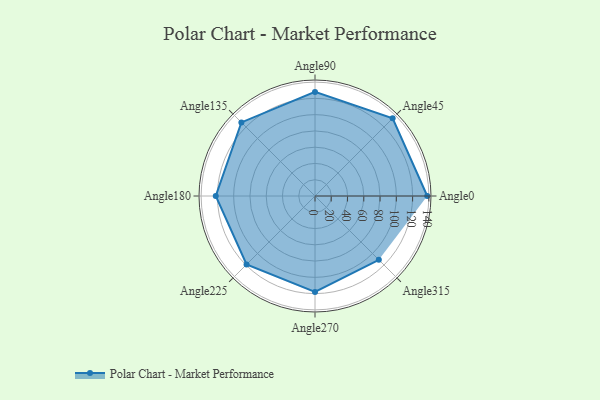
{"axis": {"x": "Angle", "y": "Radius"}, "legend": [""], "data": [{"x": "Angle0", "y": 138.0, "type": ""}, {"x": "Angle45", "y": 135.0, "type": ""}, {"x": "Angle90", "y": 128.0, "type": ""}, {"x": "Angle135", "y": 128.0, "type": ""}, {"x": "Angle180", "y": 122.0, "type": ""}, {"x": "Angle225", "y": 119.0, "type": ""}, {"x": "Angle270", "y": 118.0, "type": ""}, {"x": "Angle315", "y": 111.0, "type": ""}]}